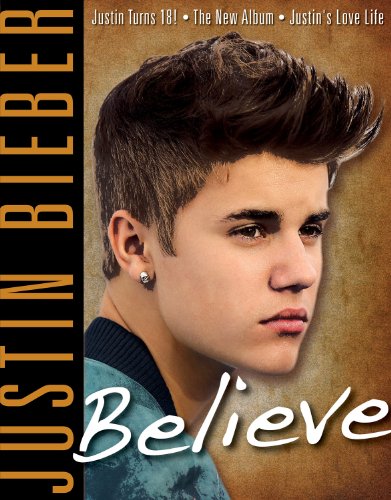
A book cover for Justin Bieber: Believe; Triumph Books; Teen & Young Adult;